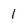
Character: 1